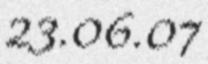
23.06.07